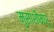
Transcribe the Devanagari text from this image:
मुसाशीमारू